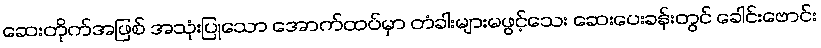
ဆေးတိုက်အဖြစ် အသုံးပြုသော အောက်ထပ်မှာ တံခါးများမဖွင့်သေး ဆေးပေးခန်းတွင် ခေါင်းဗောင်း